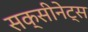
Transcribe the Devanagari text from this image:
सक्सीनेट्स